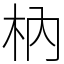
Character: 枘